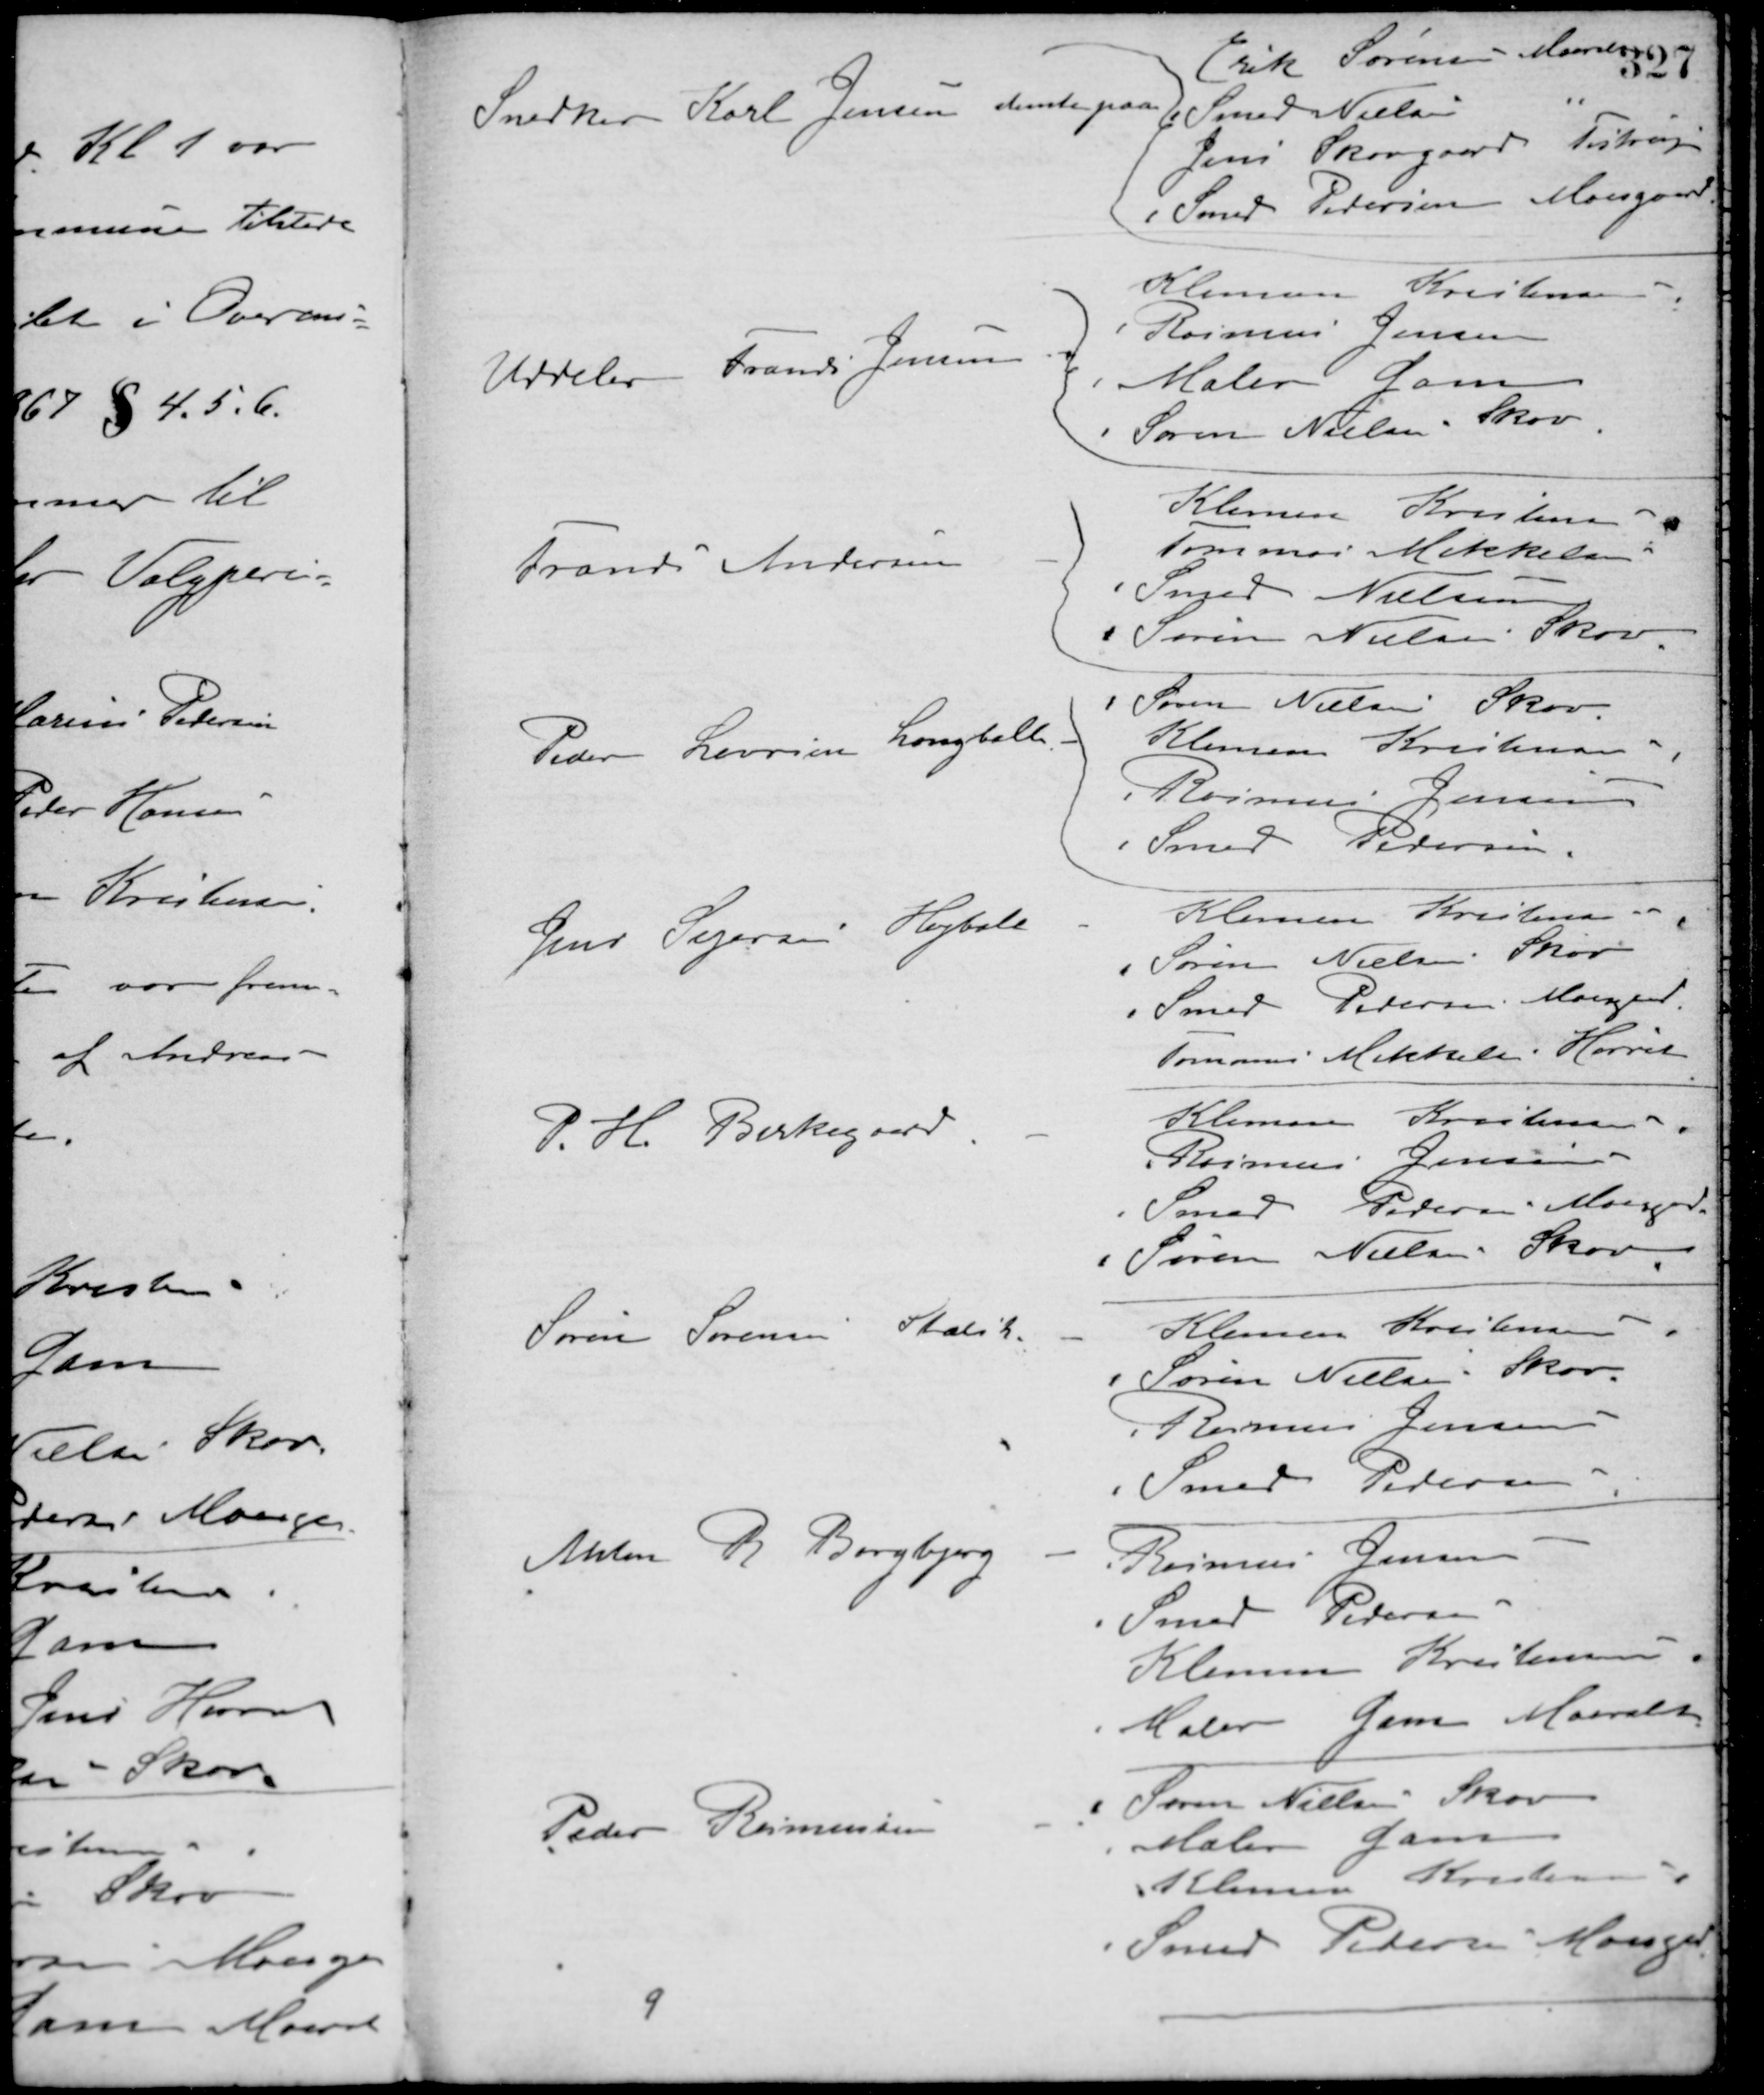
Transskription:
Snedker Karl Jensen stemte paa
Erik Sørensen Maarslet
Smed Nielsen "
Jens Skovgaard Testrup
Smed Pedersen Moesgaard
Uddeler Frands Jensen "
Klemen Kristensen
Rasmus Jensen
Maler Gam
Søren Nielsen Skov
Frands Andersen
Klemen Kristensen
Tommas Mikkelsen
Smed Nielsen
Søren Nielsen Skov
Peder Laursen Langballe
Søren Nielsen Skov
Klemen Kristensen
Rasmus Jensen
Smed Pedersen
Jens Sejersen Højballe
Klemen Kristensen
Søren Nielsen Skov
Smed Pedersen Moesgaard
Tommas Mikkelsen Hørret
P. H. Birkegaard
Klemen Kristensen
Rasmus Jensen
Smed Pedersen Moesgaard
Søren Nielsen Skov
Søren Sørensen Statsk
Klemen Kristensen
Søren Nielsen Skov
Rasmus Jensen
Smed Pedersen
Anton R. Borgbjerg
Rasmus Jensen
Smed Pedersen
Klemen Kristensen
Maler Gam Maarslet
Peder Rasmussen
Søren Nielsen Skov
Maler Gam
Klemen Kristensen
Smed Petersen Moesgaard
9